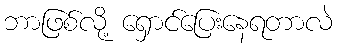
ဘာဖြစ်လို့ ရှောင်ပြေးနေရတာလဲ